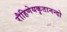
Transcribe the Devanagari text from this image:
रौहिणेयकृतानन्दो